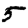
Digit: 5